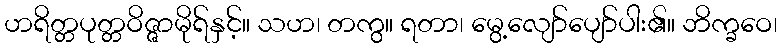
ဟရိတ္တပုတ္တဝိဇ္ဇာမိုရ်နှင့်။ သဟ၊ တကွ။ ရတာ၊ မွေ့လျော်ပျော်ပါး၏။ ဘိက္ခဝေ၊